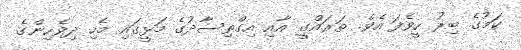
ކަމުގެ ބިރު ހީވެފަ އެވެ. ތަރައްގީ އާއި އިގްތިސާދުގެ މަޅީގައި މެހި ދިވެހިންގެ